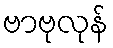
ဗာဗုလုန်